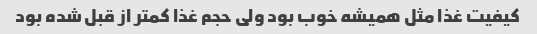
کیفیت غذا مثل همیشه خوب بود ولی حجم غذا کمتر از قبل شده بود